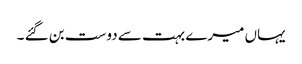
یہاں میرے بہت سے دوست بن گئے ۔